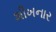
શીખનાર